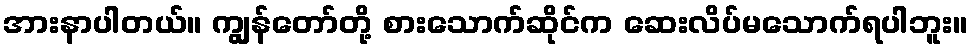
အားနာပါတယ်။ ကျွန်တော်တို့ စားသောက်ဆိုင်က ဆေးလိပ်မသောက်ရပါဘူး။